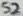
Text: S2